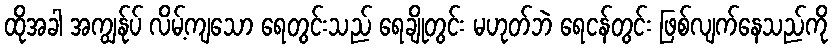
ထိုအခါ အကျွန်ုပ် လိမ့်ကျသော ရေတွင်းသည် ရေချိုတွင်း မဟုတ်ဘဲ ရေငန်တွင်း ဖြစ်လျက်နေသည်ကို